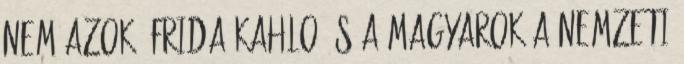
nem azok. Frida Kahlo és a magyarok A Nemzeti